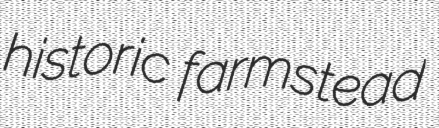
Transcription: historic farmstead